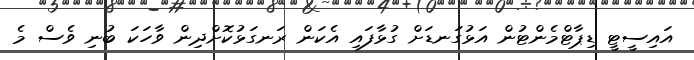
އައިސީޓީ ޑިޕާޓްމެންޓުން އަޅުގަނޑަށް ގުޅާފައި އެކަން ރަނގަޅުކޮށްދިން ވާހަކަ ބުނި ވެސް މެ